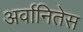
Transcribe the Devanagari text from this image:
अर्वानितेस